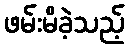
ဖမ်းမိခဲ့သည့်